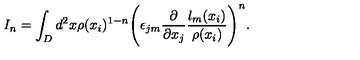
I _ { n } = \int _ { D } d ^ { 2 } x \rho ( x _ { i } ) ^ { 1 - n } \Biggl ( \epsilon _ { j m } \frac { \partial } { \partial x _ { j } } \frac { l _ { m } ( x _ { i } ) } { \rho ( x _ { i } ) } \Biggr ) ^ { n } .